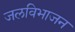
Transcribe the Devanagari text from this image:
जलविभाजन